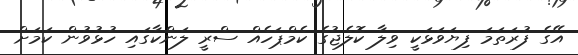
އޭގެ ފުރަތަމަ ފިޔަވަޅަކީ ވިލާ ކޮލެޖުގެ ކެމްޕަހެއް ސްރީ ލަންކާގައި ހުޅުވުން ކަމަށް